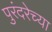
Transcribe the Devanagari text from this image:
पुरंदरेच्या